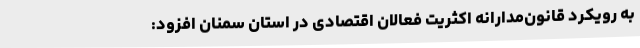
به رویکرد قانون‌مدارانه اکثریت فعالان اقتصادی در استان سمنان افزود: